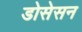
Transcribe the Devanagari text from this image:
डोसेसन